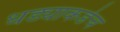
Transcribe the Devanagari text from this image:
धड्याकडेच